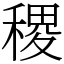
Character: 稷